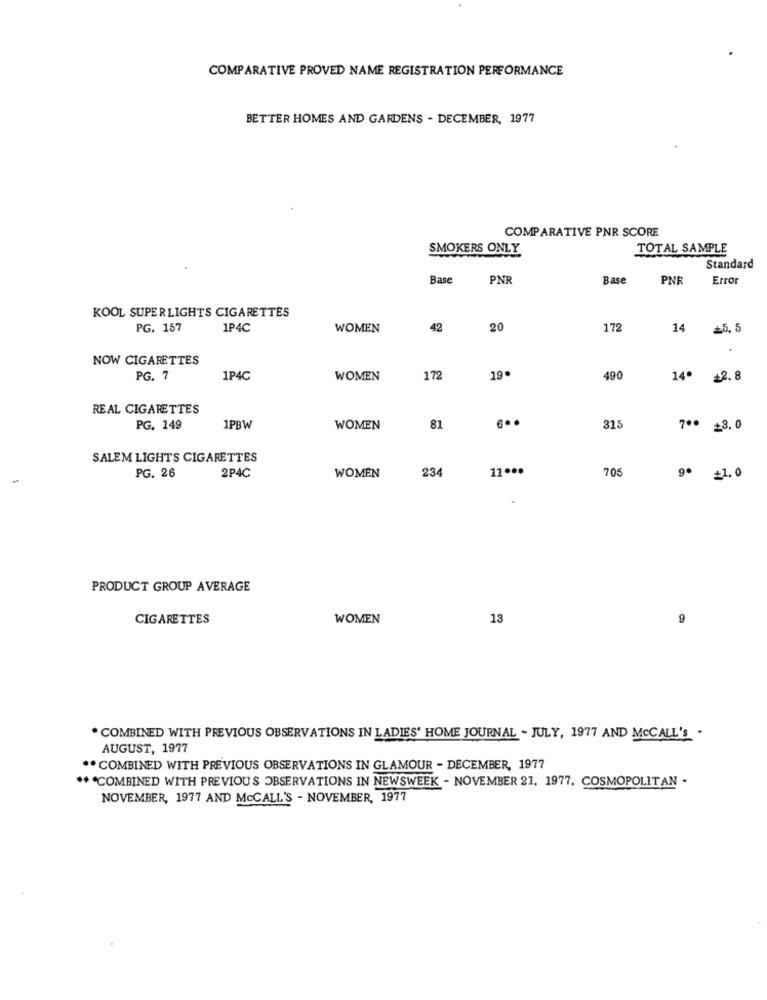
COMPARATIVE PROVED NAME REGISTRATION PERFORMANCE
BETTER HOMES AND GARDENS - DECEMBER, 1977
COMPARATIVE PNR SCORE
SMOKERS ONLY
TOTAL SAMPLE
Standard
Base
PNR
Base
PNR
Error
KOOL SUPERLIGHTS CIGARETTES
PG. 157
1P4C
WOMEN
42
20
172
14
£5. 5
NOW CIGARETTES
PG. 7
1P4C
WOMEN
172
19
490
14.
2.8
REAL CIGARETTES
PG. 149
1PBW
WOMEN
81
31
7 ** +3.0
SALEM LIGHTS CIGARETTES
PG. 26
234
11 .**
70
2P4C
WOMEN
9º =1.0
PRODUCT GROUP AVERAGE
CIGARETTES
WOMEN
13
9
. COMBINED WITH PREVIOUS OBSERVATIONS IN LADIES' HOME JOURNAL - JULY, 1977 AND MCCALL'S .
AUGUST, 1977
** COMBINED WITH PREVIOUS OBSERVATIONS IN GLAMOUR - DECEMBER, 1977
** * COMBINED WITH PREVIOUS OBSERVATIONS IN NEWSWEEK - NOVEMBER 21. 1977, COSMOPOLITAN -
NOVEMBER, 1977 AND McCALL'S - NOVEMBER, 1977